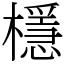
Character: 檼